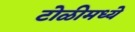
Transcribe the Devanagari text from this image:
टोळीमध्ये